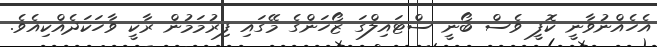
އެހެއްނުވާނީ ކޮފީ ވެސް ބޯނީ ސްޓައިލްގަ ޒޯހަންގެ މޭގައި ފިރުމަމުން ރާކީ ވާހަކަދެއްކިއެވެ.